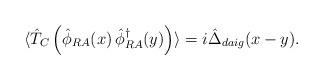
LaTeX: \begin{align*}\langle \hat{T}_C \left( \hat{\phi}_{R A} (x) \, \hat{\phi}^\dagger_{R A} (y) \right) \rangle = i \hat{\Delta}_{daig} (x - y) . \end{align*}